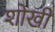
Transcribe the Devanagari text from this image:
शोखी